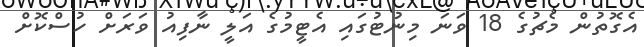
އެގޮތުން މެޗުގެ 18 ވަނަ މިނުޓުގައި އެޓީމުގެ އަލީ ނާފިއު ވަރަށް ހުސްކޮށް